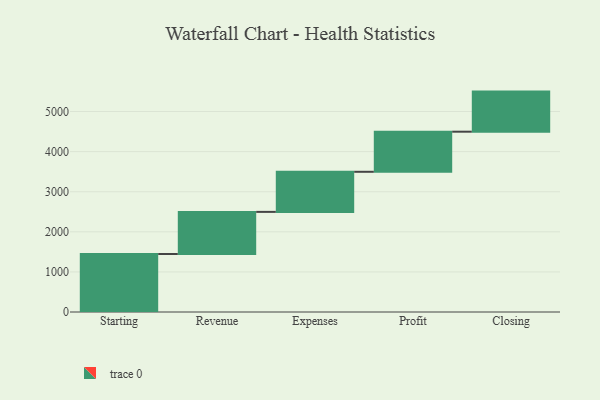
{"axis": {"x": "Step", "y": "Value"}, "legend": [""], "data": [{"x": "Starting", "y": 1446.0, "type": ""}, {"x": "Revenue", "y": 1051.0, "type": ""}, {"x": "Expenses", "y": 1000, "type": ""}, {"x": "Profit", "y": 1000, "type": ""}, {"x": "Closing", "y": 1000, "type": ""}]}